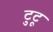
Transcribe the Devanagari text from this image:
टुटू